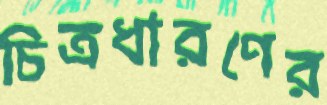
চিত্রধারণের